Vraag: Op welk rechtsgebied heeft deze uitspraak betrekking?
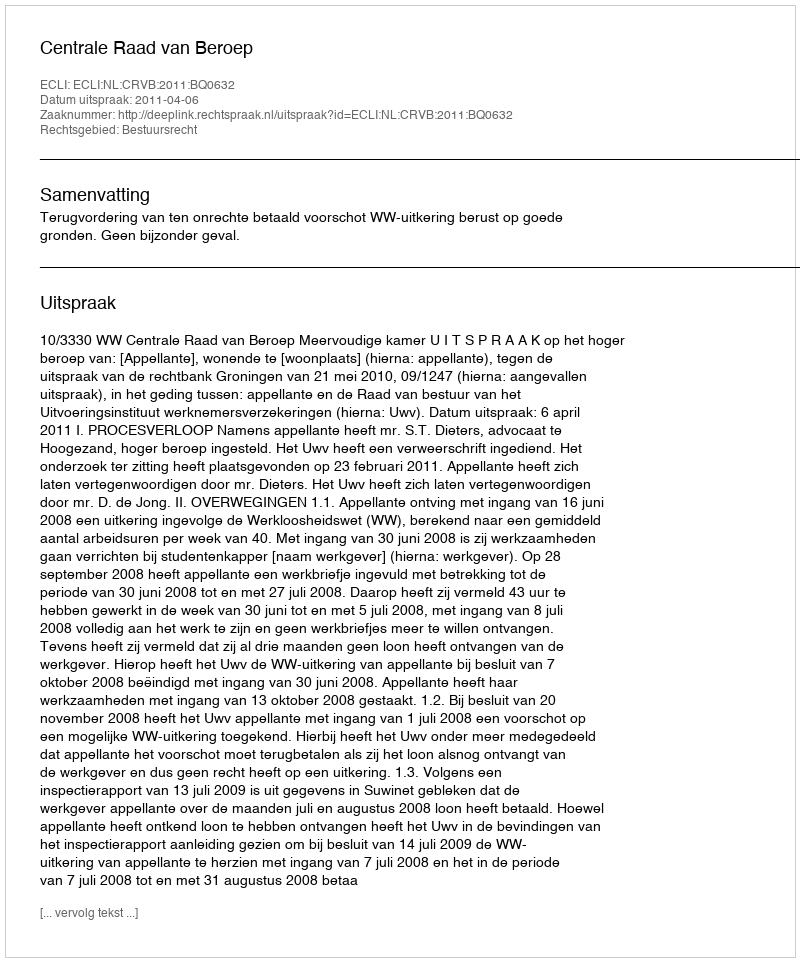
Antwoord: Bestuursrecht